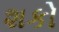
શકો